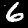
Digit: 6